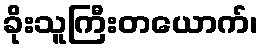
ခိုးသူကြီးတယောက်၊